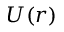
U ( r )